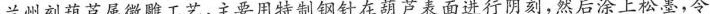
兰州刻葫芦属微雕工艺，主要用特制钢针在葫芦表面进行阴刻，然后涂上松墨，令